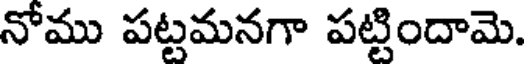
నోము పట్టమనగా పట్టిందామె.